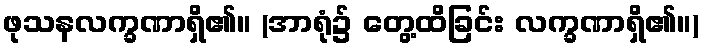
ဖုသနလက္ခဏာရှိ၏။ (အာရုံ၌ တွေ့ထိခြင်း လက္ခဏာရှိ၏။)